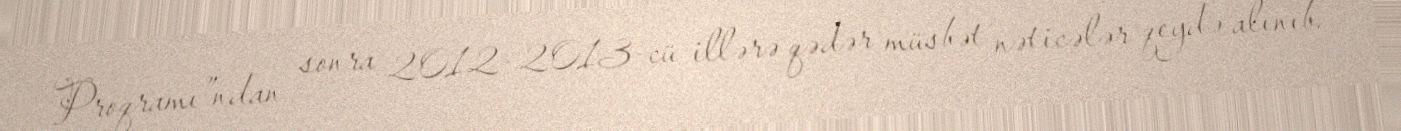
Proqramı”ndan sonra 2012-2013-cü illərə qədər müsbət nəticələr qeydə alınıb.